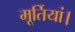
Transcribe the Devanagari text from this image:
मूर्तियां।